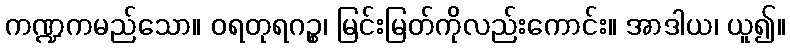
ကဏ္ဍကမည်သော။ ဝရတုရဂဉ္စ၊ မြင်းမြတ်ကိုလည်းကောင်း။ အာဒါယ၊ ယူ၍။